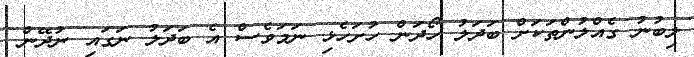
ލިބުނު ގެއްލުންތަކަށް ބަދަލު ހޯދަން ހުށަހެޅި ނަމަވެސް އެ ބަދަލު ނަގައި ނުދޭން